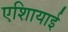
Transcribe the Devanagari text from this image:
एशिायाई